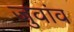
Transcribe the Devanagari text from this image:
जुवांव